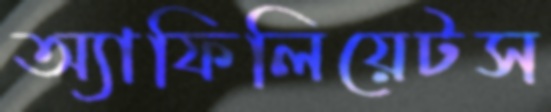
অ্যাফিলিয়েটস